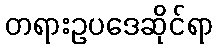
တရားဥပဒေဆိုင်ရာ